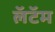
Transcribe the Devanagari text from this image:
लॅटॅम